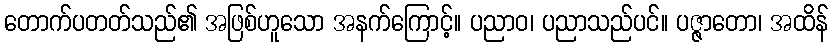
တောက်ပတတ်သည်၏ အဖြစ်ဟူသော အနက်ကြောင့်။ ပညာဝ၊ ပညာသည်ပင်။ ပဇ္ဇာတော၊ အထိန်